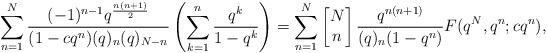
LaTeX: \begin{align*}\sum_{n=1}^{N} \frac{(-1)^{n-1} q^{\frac{n(n+1)}{2}}}{ (1-cq^n) (q)_n (q)_{N-n} } \left(\sum_{k=1}^n \frac{q^k}{1- q^k} \right) = \sum_{n = 1}^{N}\left[\begin{matrix} N \\ n \end{matrix}\right] \frac{q^{n(n + 1)}}{(q)_n (1 - q^n)} F(q^N, q^n; cq^n),\end{align*}